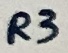
Text: R3